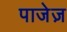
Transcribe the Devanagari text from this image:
पाजेज़